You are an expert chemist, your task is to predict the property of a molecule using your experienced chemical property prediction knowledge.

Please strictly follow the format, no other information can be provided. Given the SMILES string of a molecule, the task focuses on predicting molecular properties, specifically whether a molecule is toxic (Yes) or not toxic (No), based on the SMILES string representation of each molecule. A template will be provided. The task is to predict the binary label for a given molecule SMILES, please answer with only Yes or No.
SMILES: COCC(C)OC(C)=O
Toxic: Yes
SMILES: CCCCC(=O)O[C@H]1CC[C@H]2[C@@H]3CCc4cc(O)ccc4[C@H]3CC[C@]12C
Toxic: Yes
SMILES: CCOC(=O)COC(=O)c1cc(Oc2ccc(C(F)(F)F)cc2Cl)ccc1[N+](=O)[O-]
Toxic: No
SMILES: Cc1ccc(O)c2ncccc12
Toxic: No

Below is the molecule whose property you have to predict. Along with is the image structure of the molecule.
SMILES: O=C([O-])CF
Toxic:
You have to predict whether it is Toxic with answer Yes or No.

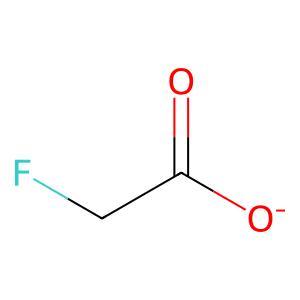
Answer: No